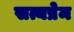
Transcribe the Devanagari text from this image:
सत्यप्रेम